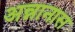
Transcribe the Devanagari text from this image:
अन्नानास